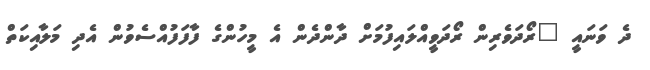
ދެ ވަނައީ "ރޯދަވެރިން ރޯދަވީއްލައިފުމަށް ދާންދެން އެ މީހުންގެ ފާފަފުއްސެވުން އެދި މަލާއިކަތް